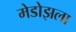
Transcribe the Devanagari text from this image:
मेडोझला